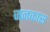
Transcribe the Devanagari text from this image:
जनकास